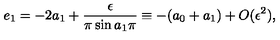
e _ { 1 } = - 2 a _ { 1 } + \frac { \epsilon } { \pi \sin a _ { 1 } \pi } \equiv - ( a _ { 0 } + a _ { 1 } ) + O ( \epsilon ^ { 2 } ) ,